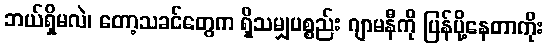
ဘယ်ရှိမလဲ၊ တော့သခင်တွေက ရှိသမျှပစ္စည်း ဂျာမနီကို ပြန်ပို့နေတာကိုး